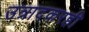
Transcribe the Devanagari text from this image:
उत्रादकरही